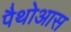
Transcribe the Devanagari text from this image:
पैथोआस